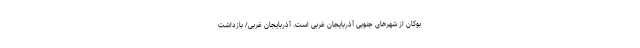
بوکان از شهرهای جنوبی آذربایجان غربی است. آذربایجان غربی/ بازداشت